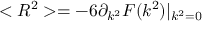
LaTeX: < R ^ { 2 } > = - 6 \partial _ { k ^ { 2 } } F ( k ^ { 2 } ) | _ { k ^ { 2 } = 0 }